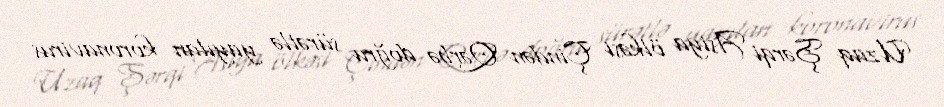
Uzaq Şərqi Asiya ölkəsi Çindən Qərbə doğru sürətlə yayılan koronavirus